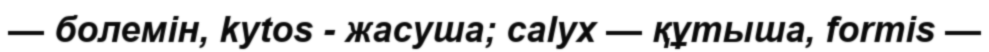
— болемін, kytos - жасуша; calyx — құтыша, formis —